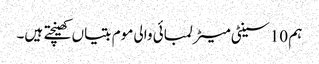
ہم 10 سینٹی میٹر لمبائی والی موم بتیاں کھینچتے ہیں۔